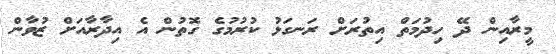
މީރާއިން ދޭ ހިދުމަތް އިތުރަށް ރަނގަޅު ކުރުމުުގެ ގޮތުން އެ އިދާރާއަށް ޒުވާން